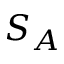
S _ { A }